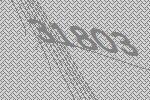
31803